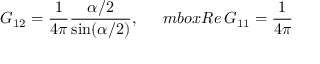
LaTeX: G _ { 1 2 } = \frac { 1 } { 4 \pi } \frac { \alpha / 2 } { \sin ( \alpha / 2 ) } , \ \ \ \ \, m b o x { R e } \, G _ { 1 1 } = \frac { 1 } { 4 \pi }